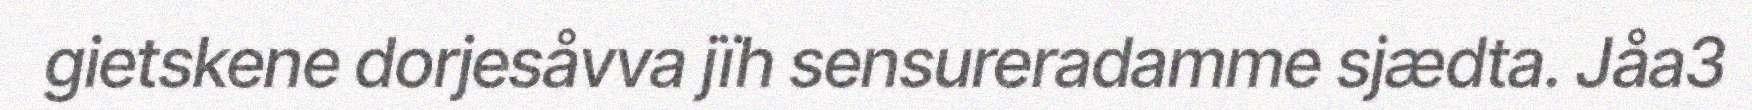
gietskene dorjesåvva jïh sensureradamme sjædta. Jåa3